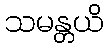
သမန္တယိ